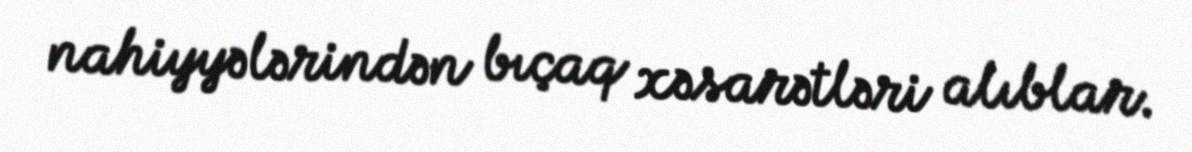
nahiyyələrindən bıçaq xəsarətləri alıblar.